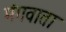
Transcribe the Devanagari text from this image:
मंगवाता